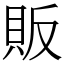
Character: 販